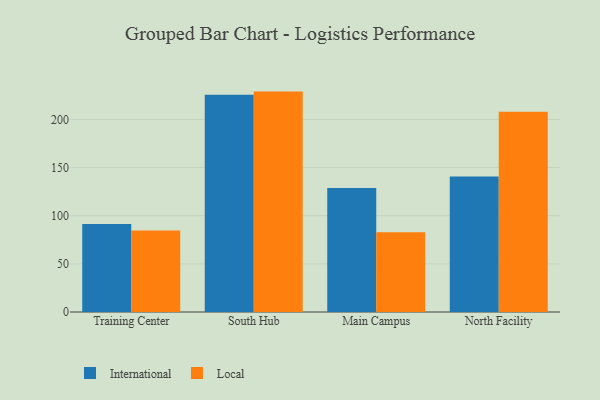
{"axis": {"x": "Campus", "y": "Temperature (°C)"}, "legend": ["International", "Local"], "data": [{"x": "Training Center", "y": 91.3, "type": "International"}, {"x": "Training Center", "y": 84.6, "type": "Local"}, {"x": "South Hub", "y": 225.6, "type": "International"}, {"x": "South Hub", "y": 228.9, "type": "Local"}, {"x": "Main Campus", "y": 128.9, "type": "International"}, {"x": "Main Campus", "y": 82.8, "type": "Local"}, {"x": "North Facility", "y": 140.7, "type": "International"}, {"x": "North Facility", "y": 208.0, "type": "Local"}]}